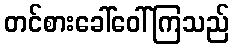
တင်စားခေါ်ဝေါ်ကြသည်